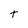
Character: t